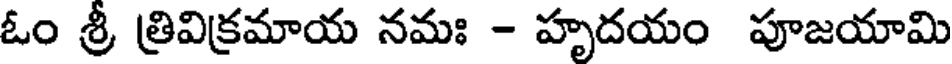
ఓం శ్రీ త్రివిక్రమాయ నమః - హృదయం పూజయామి